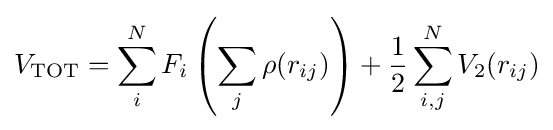
V_{\mathrm {TOT} }=\sum _{i}^{N}F_{i}\left(\sum _{j}\rho (r_{ij})\right)+{\frac {1}{2}}\sum _{i,j}^{N}V_{2}(r_{ij})